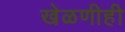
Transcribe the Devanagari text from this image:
खेळणीही